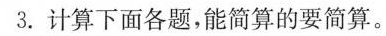
3.计算下面各题，能简算的要简算。